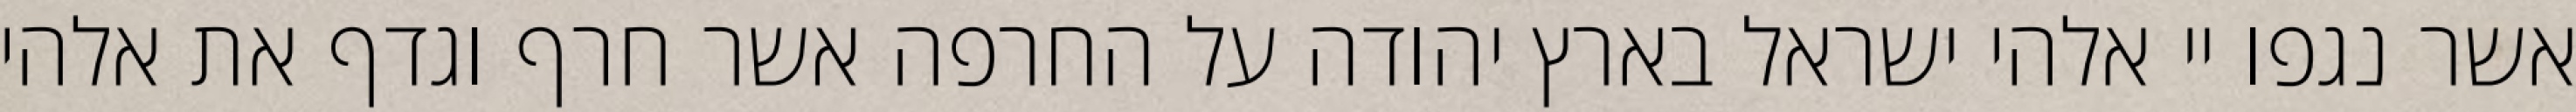
אשר נגפו יי אלהי ישראל בארץ יהודה על החרפה אשר חרף וגדף את אלהי